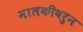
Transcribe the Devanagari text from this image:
मालकीवरुन